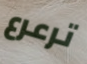
ترعرع